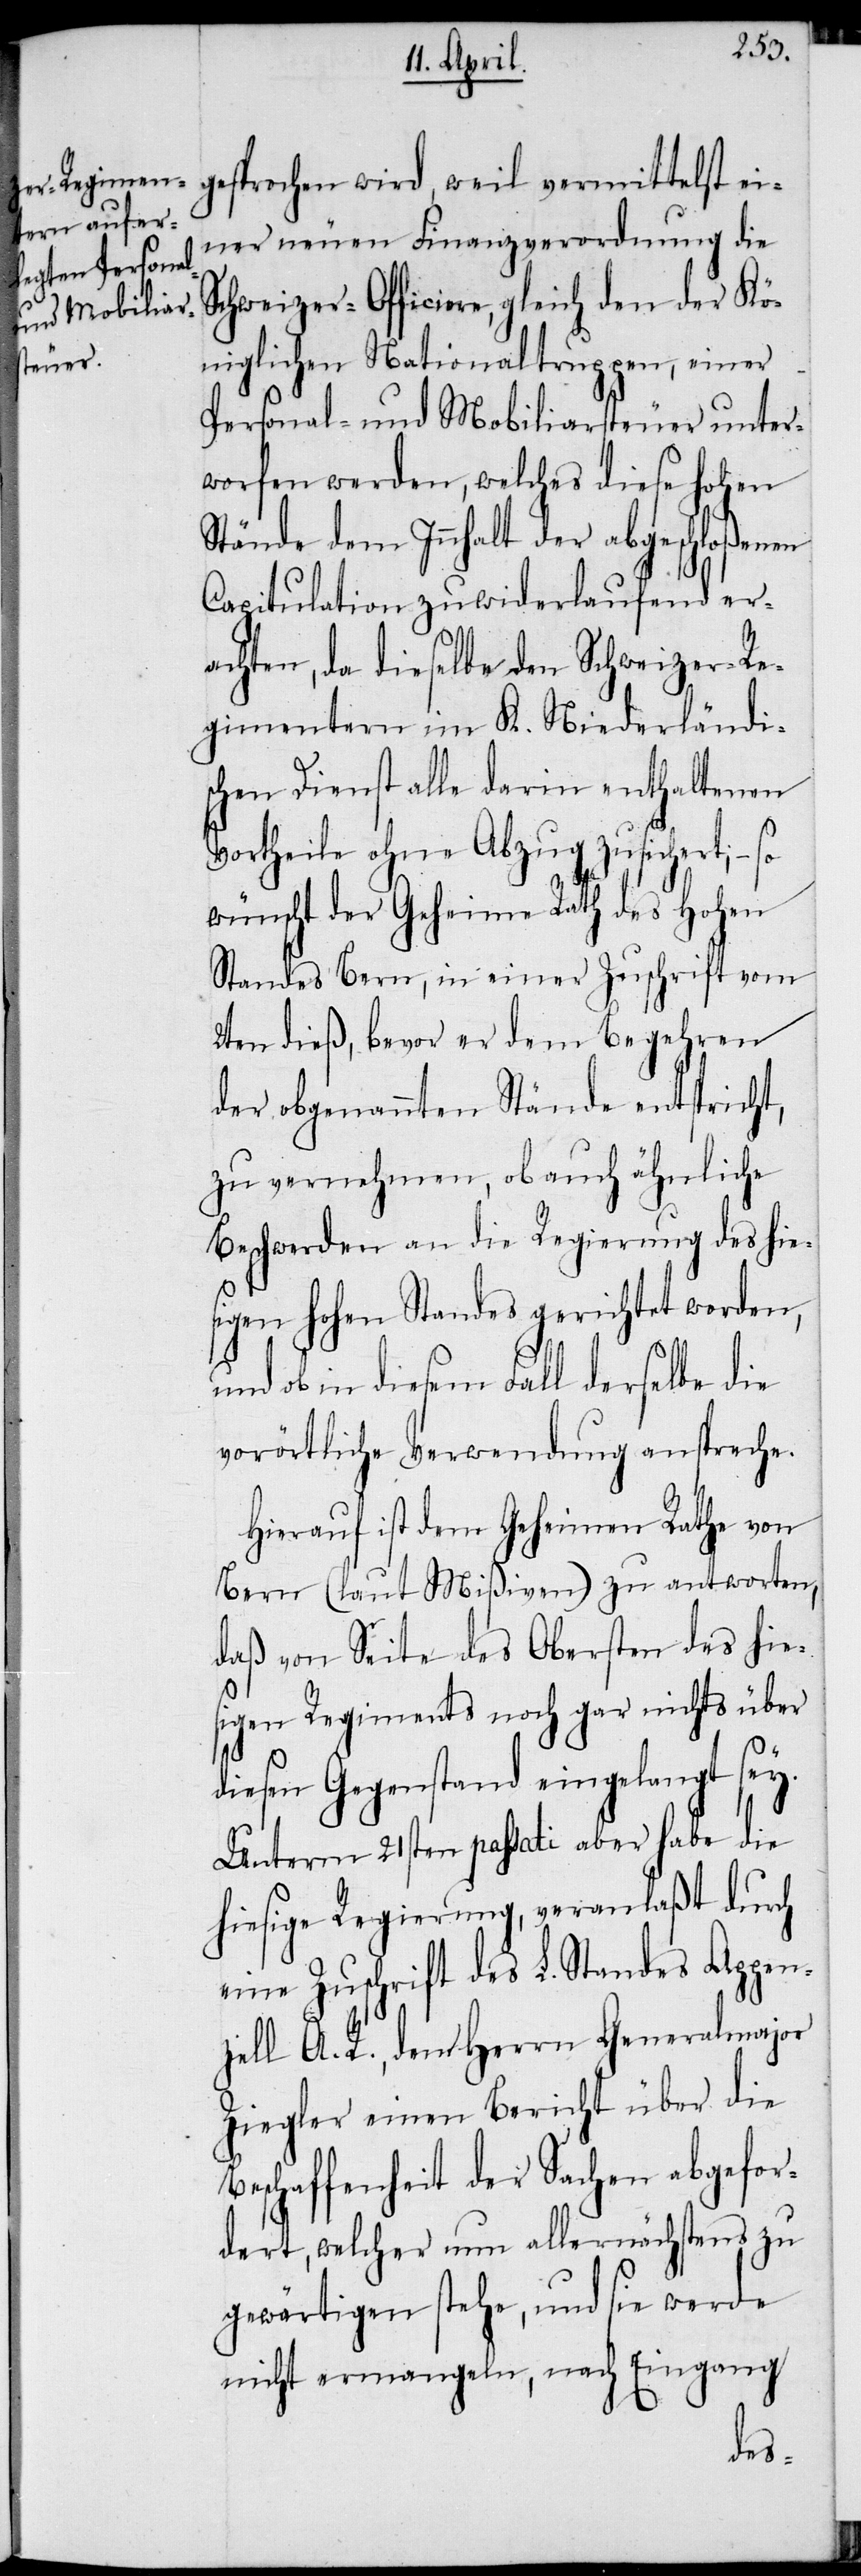
gesprochen wird, weil vermittelst ei¬
ner neuen Finanzverordnung die
Schweizer-Officiere, gleich den der Kö¬
niglichen Nationaltruppen, einer
Personal- und Mobiliarsteuer unter¬
worfen werden, welches diese hohen
Stände dem Innhalt der abgeschloßenen
Capitulation zuwiderlaufend er¬
achten, da dieselbe den Schweizer-Re¬
gimentern im K. Niederländi¬
schen Dienst alle darin enthaltenen
Vortheile ohne Abzug zusichert, − so
wünscht der Geheime Rath des Hohen
Standes Bern, in einer Zuschrift vom
2ten dieß, bevor er dem Begehren
der obgenannten Stände entspricht,
zu vernehmen, ob auch ähnliche
Beschwerden an die Regierung des hie¬
sigen hohen Standes gerichtet worden,
in diesem Fall derselbe die
vorörtliche Verwendung anspreche.
Hierauf ist dem Geheimen Rathe von
Bern (laut Mißiven) zu antworten,
daß von Seite des Obersten des hies¬
igen Regiments noch gar nichts über
diesen Gegenstand eingelangt sey.
Unterm 21sten passati aber habe die
hiesige Regierung, veranlaßt durch
eine Zuschrift des L. Standes Appen¬
zell A. R., dem Herrn Generalmajor
Ziegler einen Bericht über die
Beschaffenheit der Sachen abgefor¬
dert, welcher nun allernächstens zu
gewärtigen stehe, und sie werde
nicht ermangeln, nach Eingang